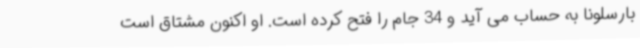
بارسلونا به حساب می آید و 34 جام را فتح کرده است. او اکنون مشتاق است